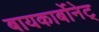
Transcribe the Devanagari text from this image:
बायकार्बोनेट्